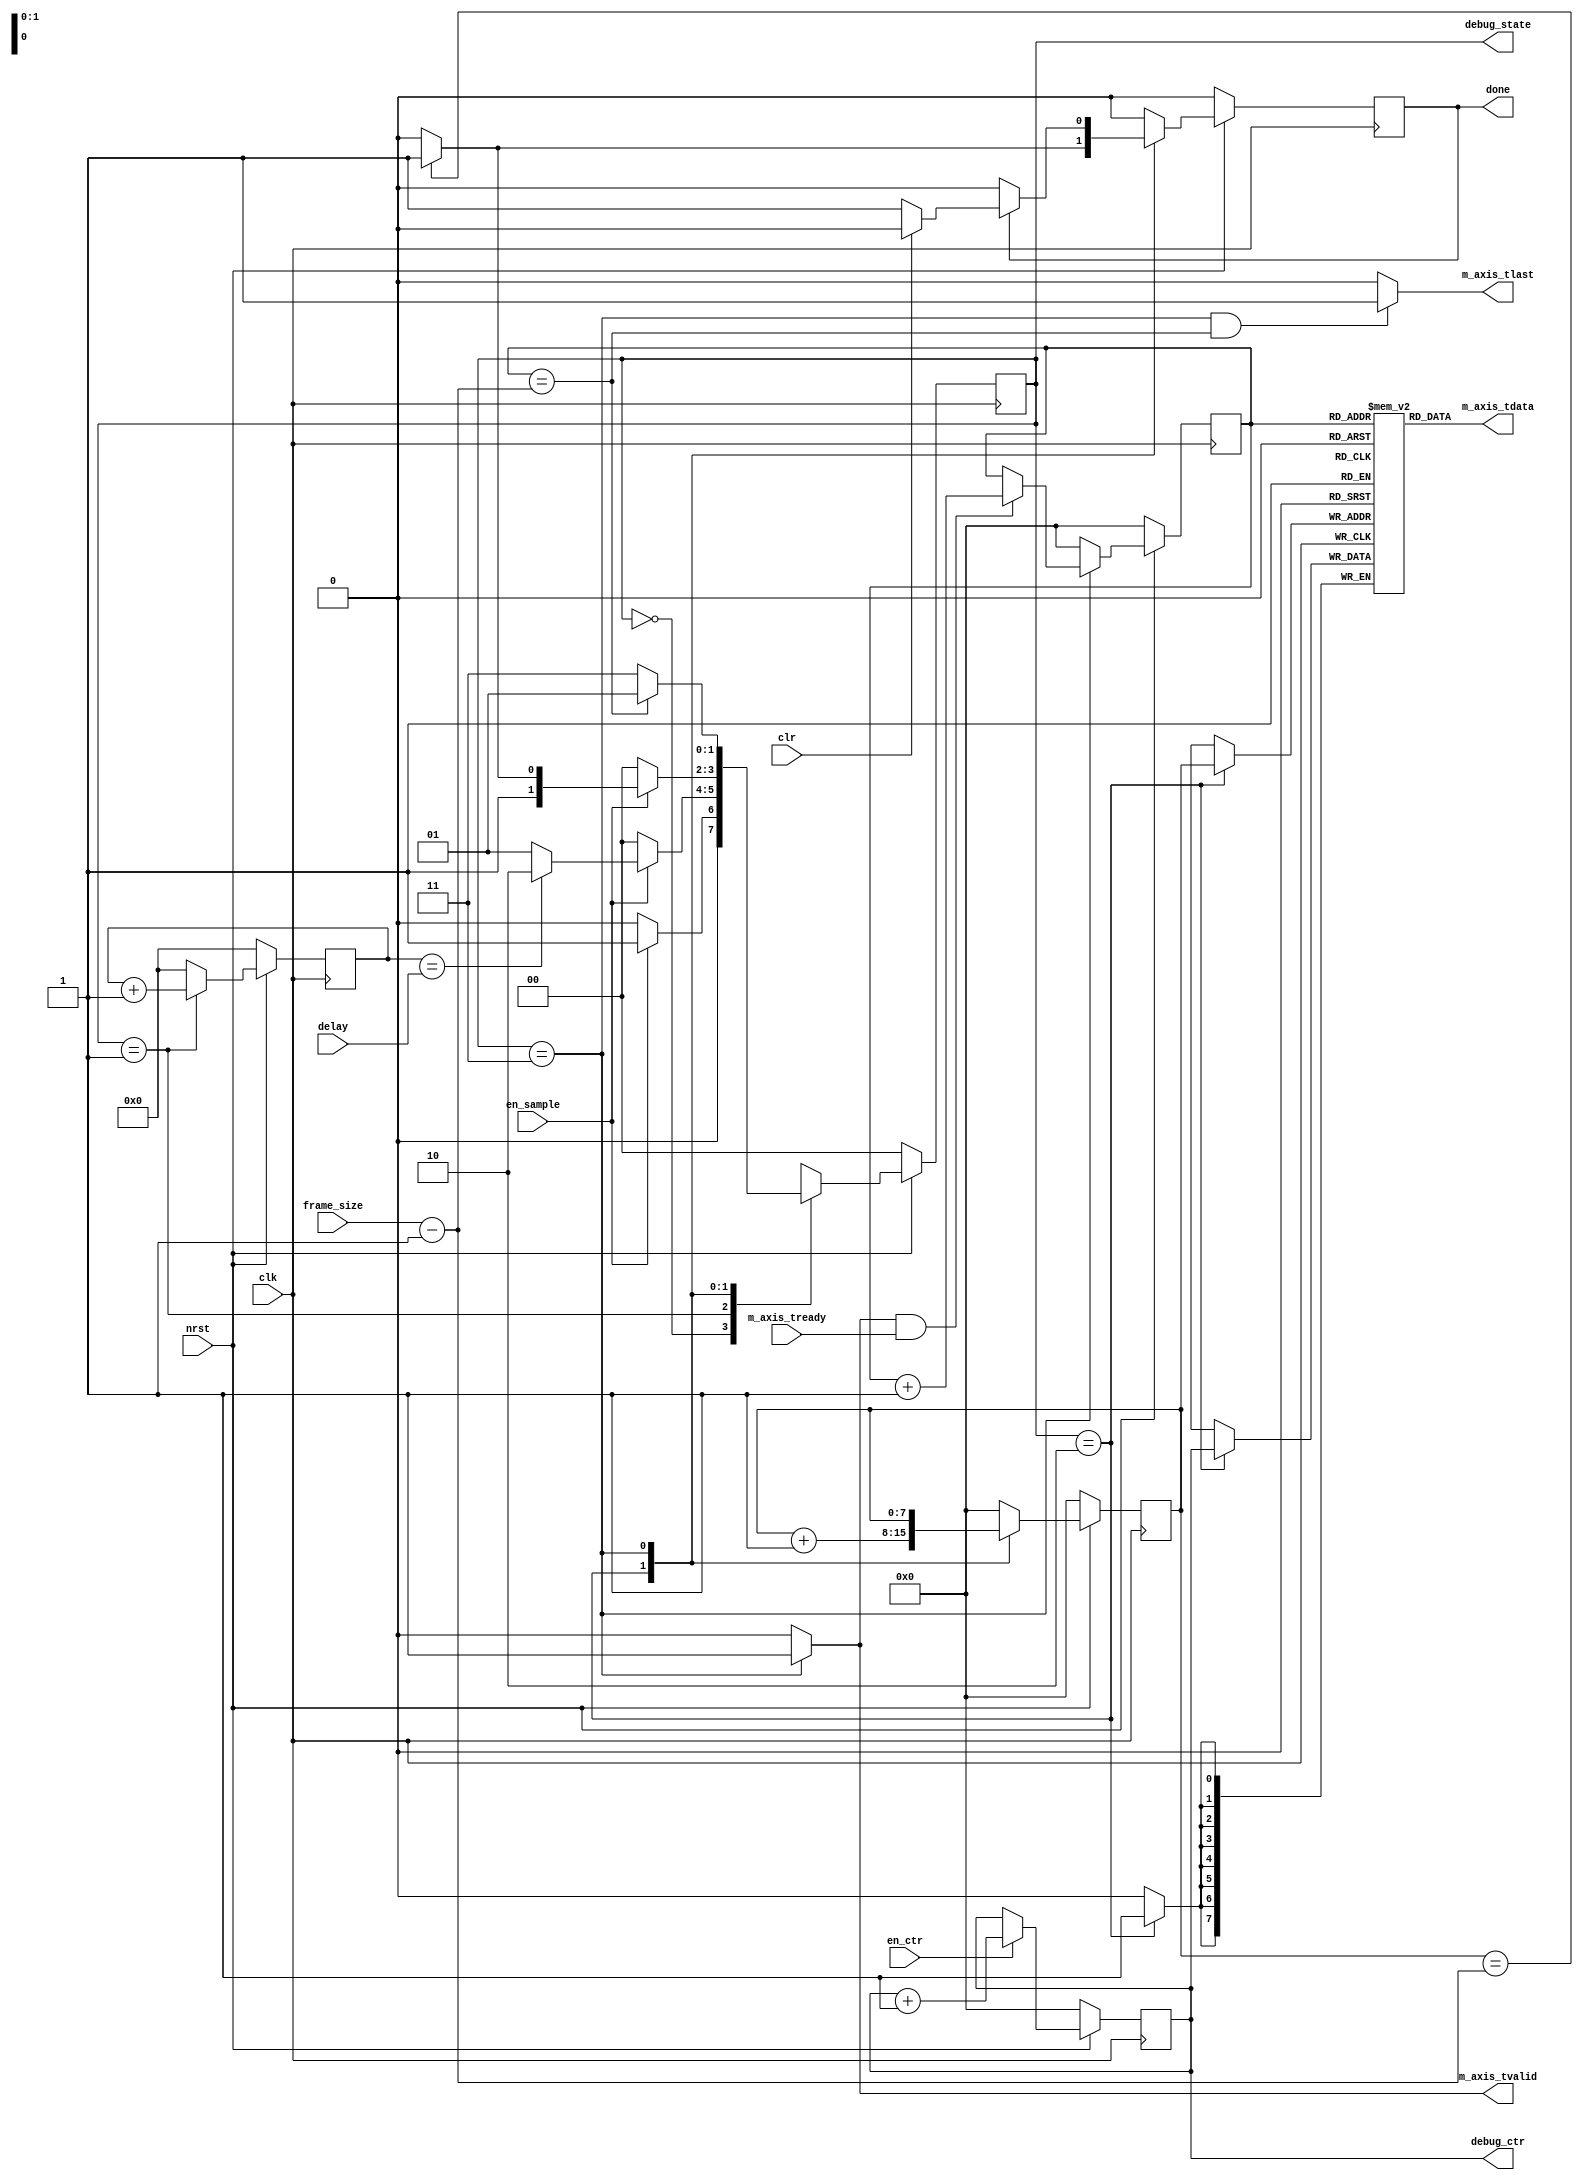
`timescale 1ns/1ps
module datagen(
  clk,
  nrst,
  en_ctr,
  en_sample,
  frame_size,
  done,
  clr,
  delay,
  m_axis_tvalid,
  m_axis_tready,
  m_axis_tlast,
  m_axis_tdata,
  
  debug_state,
  debug_ctr
  );

  input clk,nrst;
  input en_ctr,en_sample;
  input [7:0] frame_size;
  output done;
  input clr;
  input [31:0] delay;
  
  output [1:0] debug_state;
  output [7:0] debug_ctr;

  /* AXI Stream master */
  output m_axis_tvalid;
  input m_axis_tready;
  output m_axis_tlast;
  output [7:0] m_axis_tdata;

  /* Free-running counter */
  reg [7:0] ctr;
  always@(posedge clk)
    if (!nrst)
      ctr <= 0;
    else
      if (en_ctr)
        ctr <= ctr + 1;
      else
        ctr <= ctr;

  /* State machine */
  parameter S_IDLE   = 2'd0;
  parameter S_DELAY  = 2'd1;
  parameter S_SAMPLE = 2'd2;
  parameter S_STREAM = 2'd3;
  reg [1:0] state;

  /* Buffer */
  reg [7:0] buffer [0:255];
  reg [7:0] buf_tail,buf_ptr;

  always@(posedge clk)
    if (state == S_SAMPLE)
      buffer[buf_tail] <= ctr;

  always@(posedge clk)
    if (!nrst)
      buf_tail <= 0;
    else
      case(state)
        S_SAMPLE:
          buf_tail <= buf_tail + 1;
        S_STREAM:
          buf_tail <= buf_tail;
        default:
          buf_tail <= 0;
      endcase

  /* Delay counter */
  reg [31:0] delay_ctr;
  always@(posedge clk)
    if (!nrst)
      delay_ctr <= 0;
    else
      if (state == S_DELAY)
        delay_ctr <= delay_ctr + 1;
      else
        delay_ctr <= 0;
  
  wire [7:0] frame_size_m1;
  assign frame_size_m1 = frame_size - 8'd1;
  
  /* State machine */    
  always@(posedge clk)
    if (!nrst)
      state <= S_IDLE;
    else
      case(state)
        S_IDLE:
          if (en_sample)
            state <= S_DELAY;
          else
            state <= S_IDLE;

        S_DELAY:
          if (en_sample) 
            if (delay_ctr == delay)
              state <= S_SAMPLE;
            else
              state <= S_DELAY;
          else
            state <= S_IDLE;

        S_SAMPLE:
          if (en_sample)
            if (buf_tail == frame_size_m1)
              state <= S_STREAM;
            else
              state <= S_SAMPLE;
          else
            state <= S_IDLE;

        S_STREAM:
          if (buf_ptr == frame_size_m1)
            state <= S_DELAY;
          else
            state <= S_STREAM;

      endcase

  /* Done signal */
  reg done;
  always@(posedge clk)
    if (!nrst)
      done <= 0;
    else
      case(state)
        S_SAMPLE:
          if (buf_tail == frame_size_m1)
            done <= 1'b1; // latch up
          else
            done <= 0;

        S_STREAM:
          if (done) // latch down
            if (clr)
              done <= 0;
            else
              done <= 1'b1;
          else
            done <= 0;
            
        default:
          done <= 0;
      endcase

  /* AXI Stream master interface */
  assign m_axis_tvalid = (state == S_STREAM)? 1'b1 : 0;
  assign m_axis_tdata = buffer[buf_ptr];
  assign m_axis_tlast = ((state == S_STREAM) && (buf_ptr == frame_size_m1))? 1'b1 :0;  
 
  always@(posedge clk)
    if (!nrst)
      buf_ptr <= 0;
    else
      if (state == S_STREAM)
        if (m_axis_tvalid && m_axis_tready)
          buf_ptr <= buf_ptr + 1;
        else
          buf_ptr <= buf_ptr;
      else
        buf_ptr <= 0;
        
  assign debug_state = state;
  assign debug_ctr = ctr;
endmodule